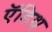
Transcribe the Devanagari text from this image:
ऍडिथ़